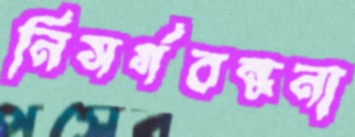
নিসর্গবন্ধনা